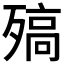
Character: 𣩅